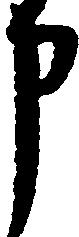
申